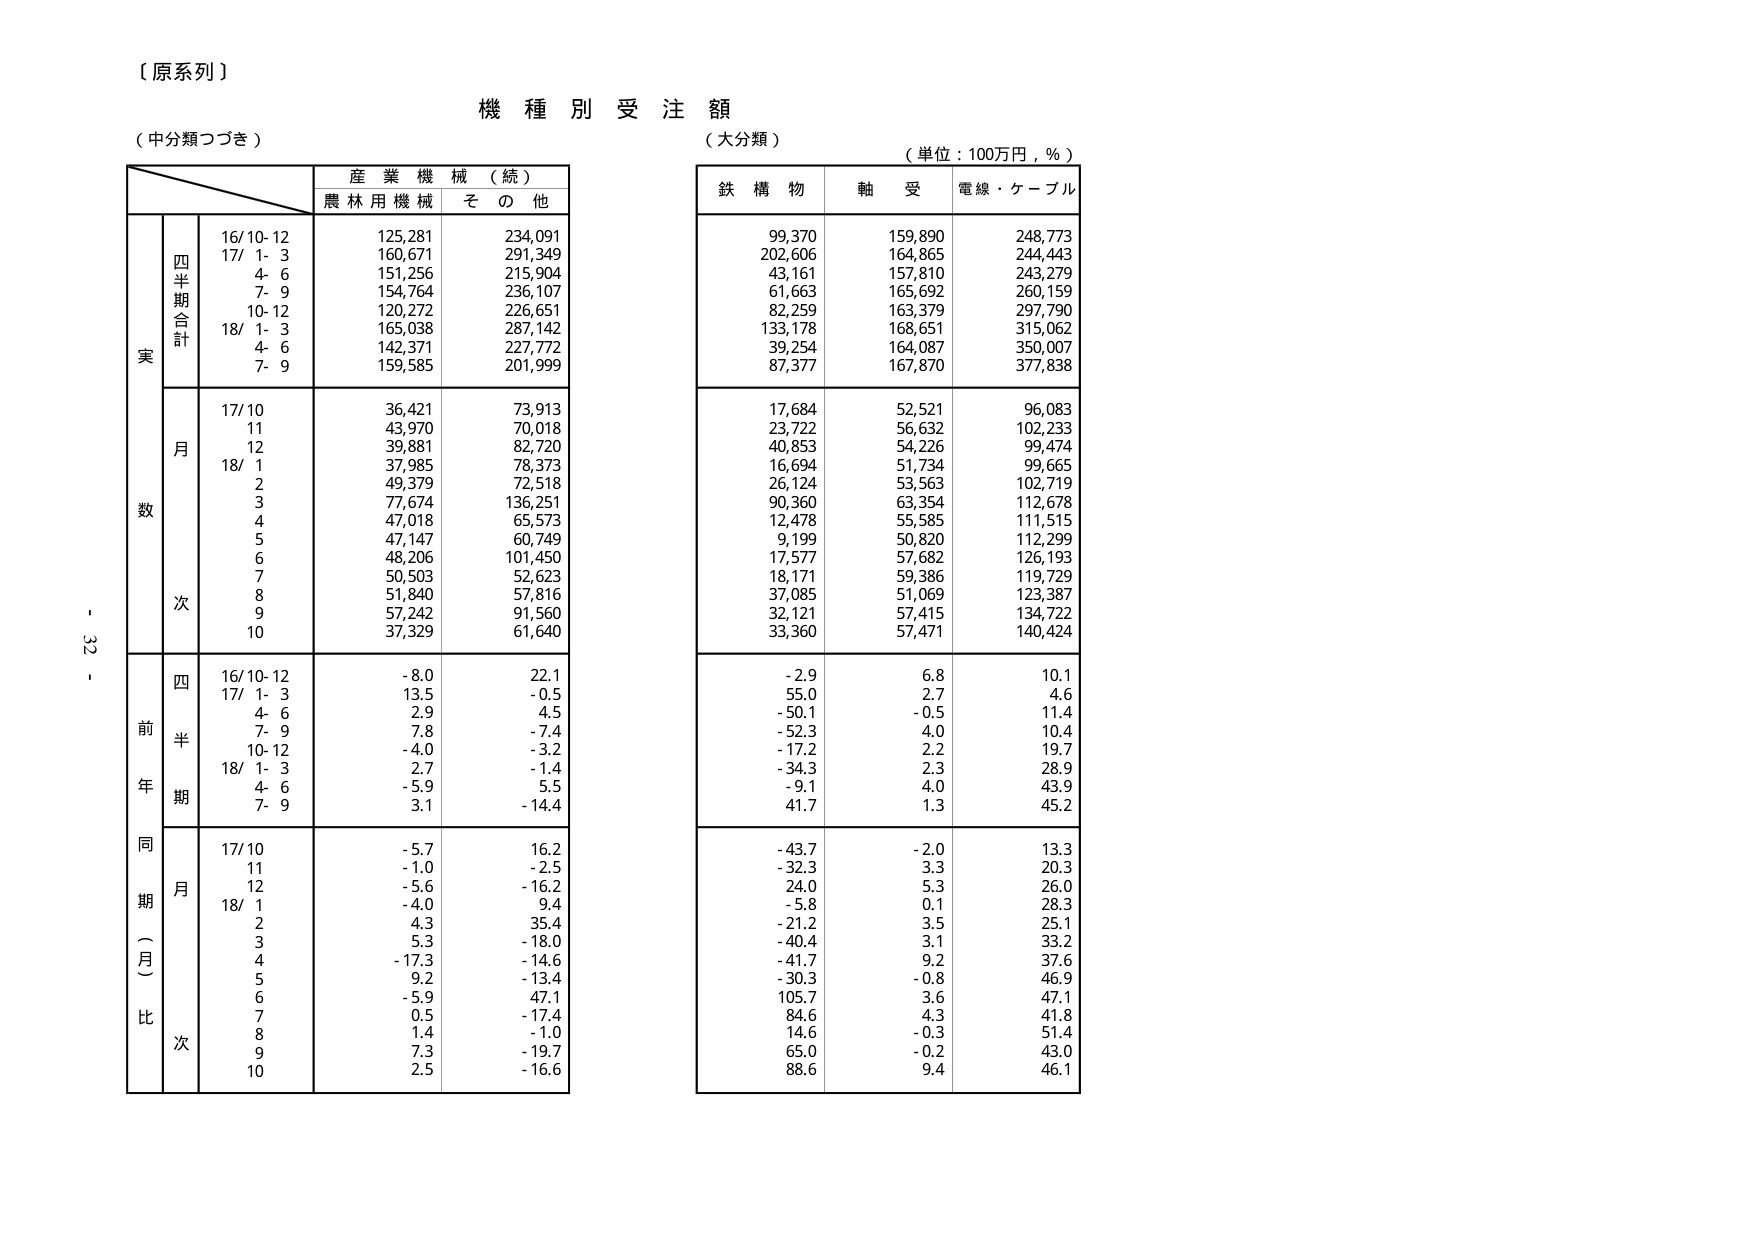
【原系列】
機種別受注額
（中分類つづき）
（大分類）
（単位：100万円，％）

産業機械（続）
農林用機械　その他

鉄構物　軸受　電線・ケーブル

実
四半期合計
16/10-12　125,281　234,091
17/1-3　160,671　291,349
4-6　151,256　215,904
7-9　154,764　236,107
10-12　120,272　226,651
18/1-3　165,038　287,142
4-6　142,371　227,772
7-9　159,585　201,999

月
17/10　36,421　73,913
11　43,970　70,018
12　39,881　82,720
18/1　37,985　78,373
2　49,379　72,518
3　77,674　136,251
4　47,018　65,573
5　47,147　60,749
6　48,206　101,450
7　50,503　52,623
8　51,840　57,816
9　57,242　91,560
10　37,329　61,640

前年同期（％）比
四半期
16/10-12　-8.0　22.1
17/1-3　13.5　-0.5
4-6　2.9　4.5
7-9　7.8　-7.4
10-12　-4.0　-3.2
18/1-3　2.7　-1.4
4-6　-5.9　5.5
7-9　3.1　-14.4

月
17/10　-5.7　16.2
11　-1.0　-2.5
12　-5.6　-16.2
18/1　-4.0　9.4
2　4.3　35.4
3　5.3　-18.0
4　-17.3　-14.6
5　9.2　-13.4
6　-5.9　47.1
7　0.5　-17.4
8　1.4　-1.0
9　7.3　-19.7
10　2.5　-16.6

99,370　159,890　248,773
202,606　164,865　244,443
43,161　157,810　243,279
61,663　165,692　260,159
82,259　163,379　297,790
133,178　168,651　315,062
39,254　164,087　350,007
87,377　167,870　377,838

17,684　52,521　96,083
23,722　56,632　102,233
40,853　54,226　99,474
16,694　51,734　99,665
26,124　53,563　102,719
90,360　63,354　112,678
12,478　55,585　111,515
9,199　50,820　112,299
17,577　57,682　126,193
18,171　59,386　119,729
37,085　51,069　123,387
32,121　57,415　134,722
33,360　57,471　140,424

-2.9　6.8　10.1
55.0　2.7　4.6
-50.1　-0.5　11.4
-52.3　4.0　10.4
-17.2　2.2　19.7
-34.3　2.3　28.9
-9.1　4.0　43.9
41.7　1.3　45.2

-43.7　-2.0　13.3
-32.3　3.3　20.3
24.0　5.3　26.0
-5.8　0.1　28.3
-21.2　3.5　25.1
-40.4　3.1　33.2
-41.7　9.2　37.6
-30.3　-0.8　46.9
105.7　3.6　47.1
84.6　4.3　41.8
14.6　-0.3　51.4
65.0　-0.2　43.0
88.6　9.4　46.1

- 32 -